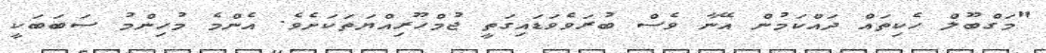
"މަގްބޫލް ހެކިތައް ދައްކަމުން އޭނާ ވެސް ބުރަވެވަޑައިގަތީ ޖުމްހޫރިއްޔަތަކަށެވެ. އެންމެ މުހިންމު ސަބަބަކީ